Calcutta medical institutions reports 1871-78
Year: 1871
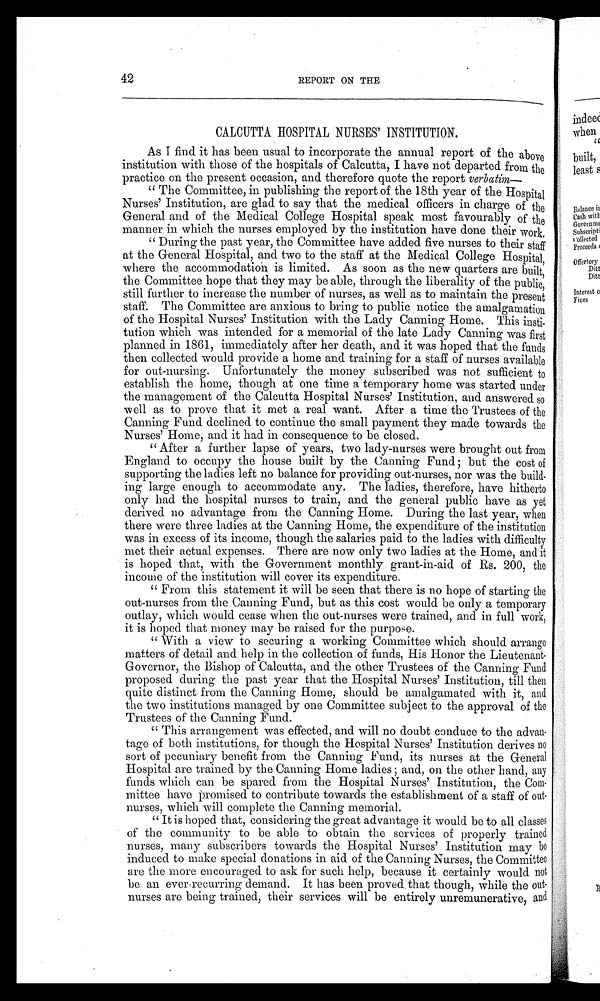
42
REPORT ON THE
CALCUTTA HOSPITAL NURSES' INSTITUTION.
As I find it has been usual to incorporate the annual report of the above
institution with those of the hospitals of Calcutta, I have not departed from the
practice on the present occasion, and therefore quote the report verbatim-
" The Committee, in publishing the report of the 18th year of the Hospital
Nurses' Institution, are glad to say that the medical officers in charge of the
General and of the Medical College Hospital speak most favourably of the
manner in which the nurses employed by the institution have done their work,
." During the past year, the Committee have added five nurses to their staff
at the General Hospital, and two to the staff at the Medical College Hospital,
where the accommodation is limited. As soon as the new quarters are built,
the Committee hope that they may be able, through the liberality of the public,
still further to increase the number of nurses, as well as to maintain the present
staff. The Committee are anxious to bring to public notice the amalgamation
of the Hospital Nurses' Institution with the Lady Canning Home. This insti-
-
tution which was intended for a memorial of the late Lady Canning was first
planned in 1861, immediately after her death, and it was hoped that the funds
then collected would provide a home and training for a staff of nurses available
for out-nursing. Unfortunately the money subscribed was not sufficient to
establish the home, though at one time a temporary home was started under
the management of the Calcutta Hospital Nurses' Institution, and answered so
well as to prove that it met a real want. After a time the Trustees of the
Canning Fund declined to continue the small payment they made towards the
Nurses' Home, and it had in consequence to be closed.
" After a further lapse of years, two lady-nurses were brought out from
England to occupy the house built by the Canning Fund; but the cost of
supporting the ladies left no balance for providing out-nurses, nor was the build-
ing large enough to accommodate any. The ladies, therefore, have hitherto
only had the hospital nurses to train, and the general public have as yet
derived no advantage from the Canning Home. During the last year, when
there were three ladies at the Canning Home, the expenditure of the institution
was in excess of its income, though the salaries paid to the ladies with difficulty
met their actual expenses. There are now only two ladies at the Home, and it
is hoped that, with the Government monthly grant-in-aid of Rs. 200, the
income of the institution will cover its expenditure.
" From this statement it will be seen that there is no hope of starting the
out-nurses from the Canning Fund, but as this cost would be only a temporary
outlay, which would cease when the out-nurses were trained, and in full work,
it is hoped that money may be raised for the purpose.
" With a view to securing a working Committee which should arrange
matters of detail and help in the collection of funds, His Honor the Lieutenant-
Governor, the Bishop of Calcutta, and the other Trustees of the Canning Fund
proposed during the past year that the Hospital Nurses' Institution, till then
quite distinct from the Canning Home, should be amalgamated with it, and
the two institutions managed by one Committee subject to the approval of the
Trustees of the Canning Fund.
" This arrangement was effected, and will no doubt conduce to the advan-
tage of both institutions, for though the Hospital Nurses' Institution derives no
sort of pecuniary benefit from the Canning Fund, its nurses at the General
Hospital are trained by the Canning Home ladies and, on the other hand, any
funds which can be spared from the Hospital Nurses' Institution, the
C o m m i t t e e h a v e p r o m i s e d t o c o n t r i b u t e t o w a r d s t h e e s t a b l i s h m e n t o f a s t a f f o f o u t -
nurses, which will complete the Canning memorial.
" It is hoped that, considering the great advantage it would be to all classes
of the community to be able to obtain the services of properly trained
nurses, many subscribers towards the Hospital Nurses' Institution may be
induced to make special donations in aid of the Canning Nurses, the Committee
are the more encouraged to ask for such help, because it certainly would not
be an ever-recurring demand. It has been proved that though, while the out-
nurses are being trained their services will be entirely unremunerative, and